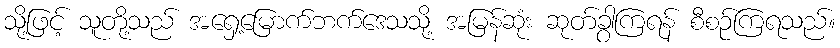
သို့ဖြင့် သူတို့သည် အရှေ့မြောက်ဘက်ဒေသသို့ အမြန်ဆုံး ဆုတ်ခွာကြရန် စီစဉ်ကြရသည်။